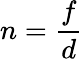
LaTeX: n=\frac{f}{d}